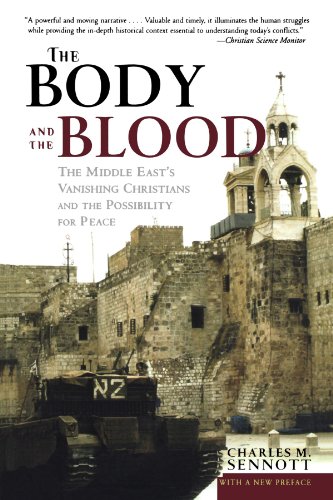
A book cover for The Body and the Blood: The Middle East's Vanishing Christians and the Possibility for Peace; Charles M. Sennott; Religion & Spirituality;